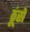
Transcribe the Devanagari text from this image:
ठूंसे